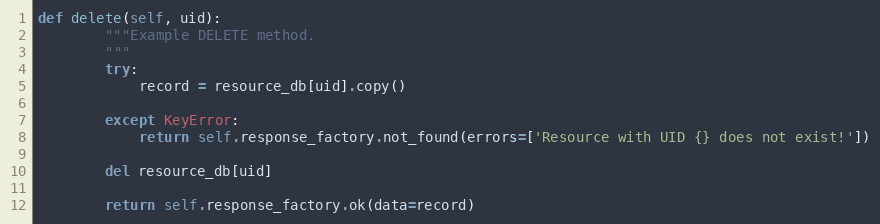
Language: Python
def delete(self, uid):
        """Example DELETE method.
        """
        try:
            record = resource_db[uid].copy()

        except KeyError:
            return self.response_factory.not_found(errors=['Resource with UID {} does not exist!'])

        del resource_db[uid]

        return self.response_factory.ok(data=record)